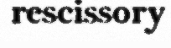
rescissory